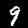
Digit: 9